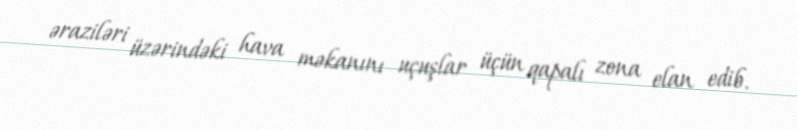
əraziləri üzərindəki hava məkanını uçuşlar üçün qapalı zona elan edib.